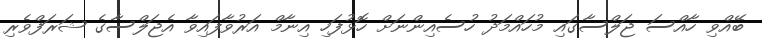
ބޭއްވި ހާއްސަ ޖަލްސާގައި މުހައްމަދު ހުސެއިންނަށް ހޮޅުފަހި އިނާމް އަރުވާފައިވާ އެޖަލްސާގެ ޝަރަފްވެރި